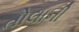
તોલાની